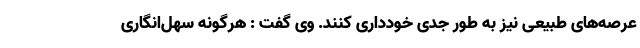
عرصه‌های طبیعی نیز به طور جدی خودداری کنند. وی گفت : هرگونه سهل‌انگاری